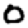
Digit: 0